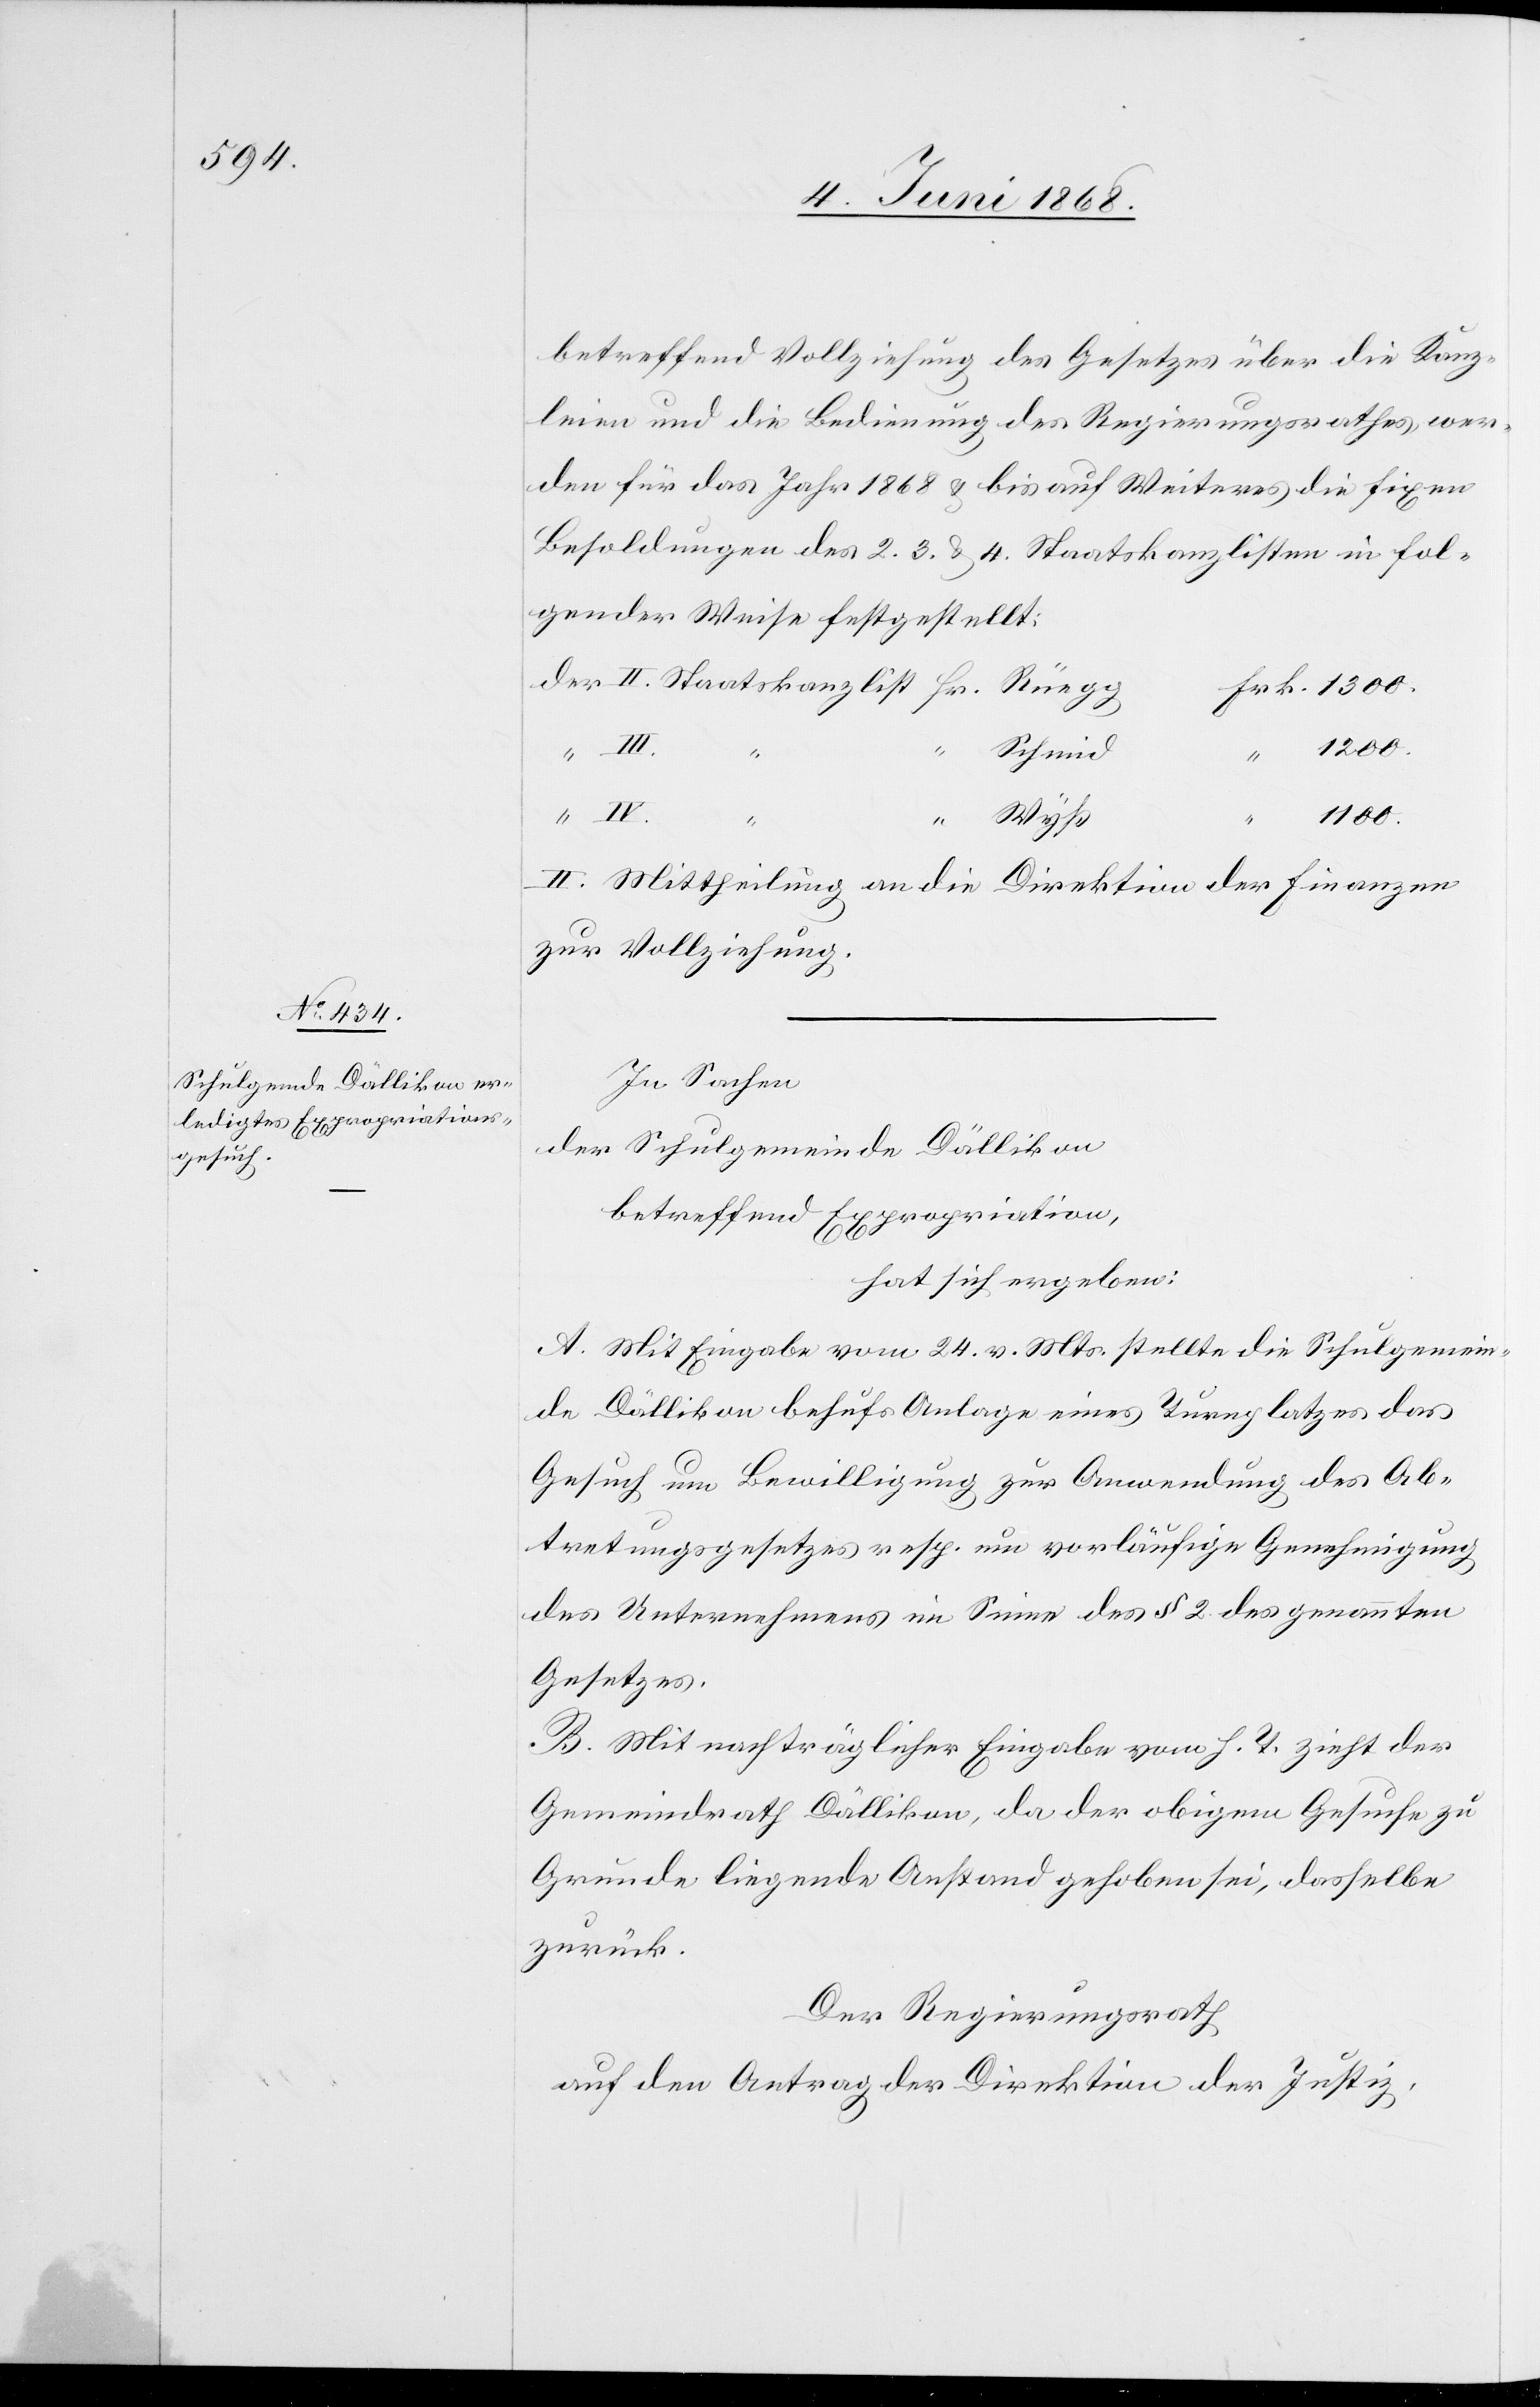
betreffend Vollziehung des Gesetzes über die Kanz¬
leien und die Bedienung des Regierungsrathes, wer¬
den für das Jahr 1868 & bis auf Weiteres die fixen
Besoldungen des 2.[,] 3. & 4. Staatskanzlisten in fol¬
gender Weise festgestellt:
Frk. 1300.
“ III.
1100.
IV. “
Wyß
II.
II. Mittheilung an die Direktion der Finanzen
zur Vollziehung.
In Sachen
der Schulgemeinde Dällikon
betreffend Expropriation,
hat sich ergeben:
A. Mit Eingabe vom 24. v. Mts. stellte die Schulgemein¬
de Dällikon behufs Anlage eines Turnplatzes das
Gesuch um Bewilligung zur Anwendung des Ab¬
tretungsgesetzes resp. um vorläufige Genehmigung
des Unternehmens im Sinne des § 2. des genannten
Gesetzes.
B. Mit nachträglicher Eingabe vom h. T. zieht der
Gemeindrath Dällikon, da der obigem Gesuche zu
Grunde liegende Anstand gehoben sei, dasselbe
zurück.
Der Regierungsrath
auf den Antrag der Direktion der Justiz,